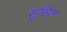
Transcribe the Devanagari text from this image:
सुसिल